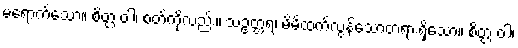
မရောက်သော။ စိတ္တံ ဝါ၊ စတ်ကိုလည်း။ သဥတ္တရံ၊ မိမိထက်လွန်သောတရားရှိသော။ စိတ္တံ ဝါ၊